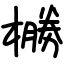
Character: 橳